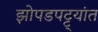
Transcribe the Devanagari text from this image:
झोपडपट्ट्यांत